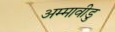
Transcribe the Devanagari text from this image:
अम्मावीडु